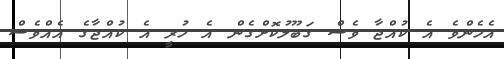
އެހެންވެ އެ ކުއްޖާ ވެސް ގަބޫލުކޮށްގެން އެ ހުރީ އެ ކުއްޖާގެ އެއްވެސް